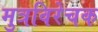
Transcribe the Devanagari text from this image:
मुत्रविरेचक